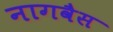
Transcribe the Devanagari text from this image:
नागवैस